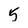
Character: 5